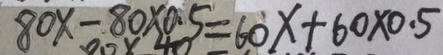
8 0 x - 8 0 \times 0 . 5 = 6 0 x + 6 0 \times 0 . 5